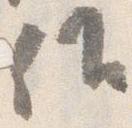
候